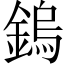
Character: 鎢